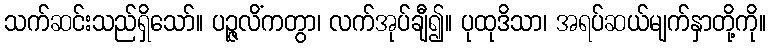
သက်ဆင်းသည်ရှိသော်။ ပဉ္ဇလိံကတွာ၊ လက်အုပ်ချီ၍။ ပုထုဒိသာ၊ အရပ်ဆယ်မျက်နှာတို့ကို။